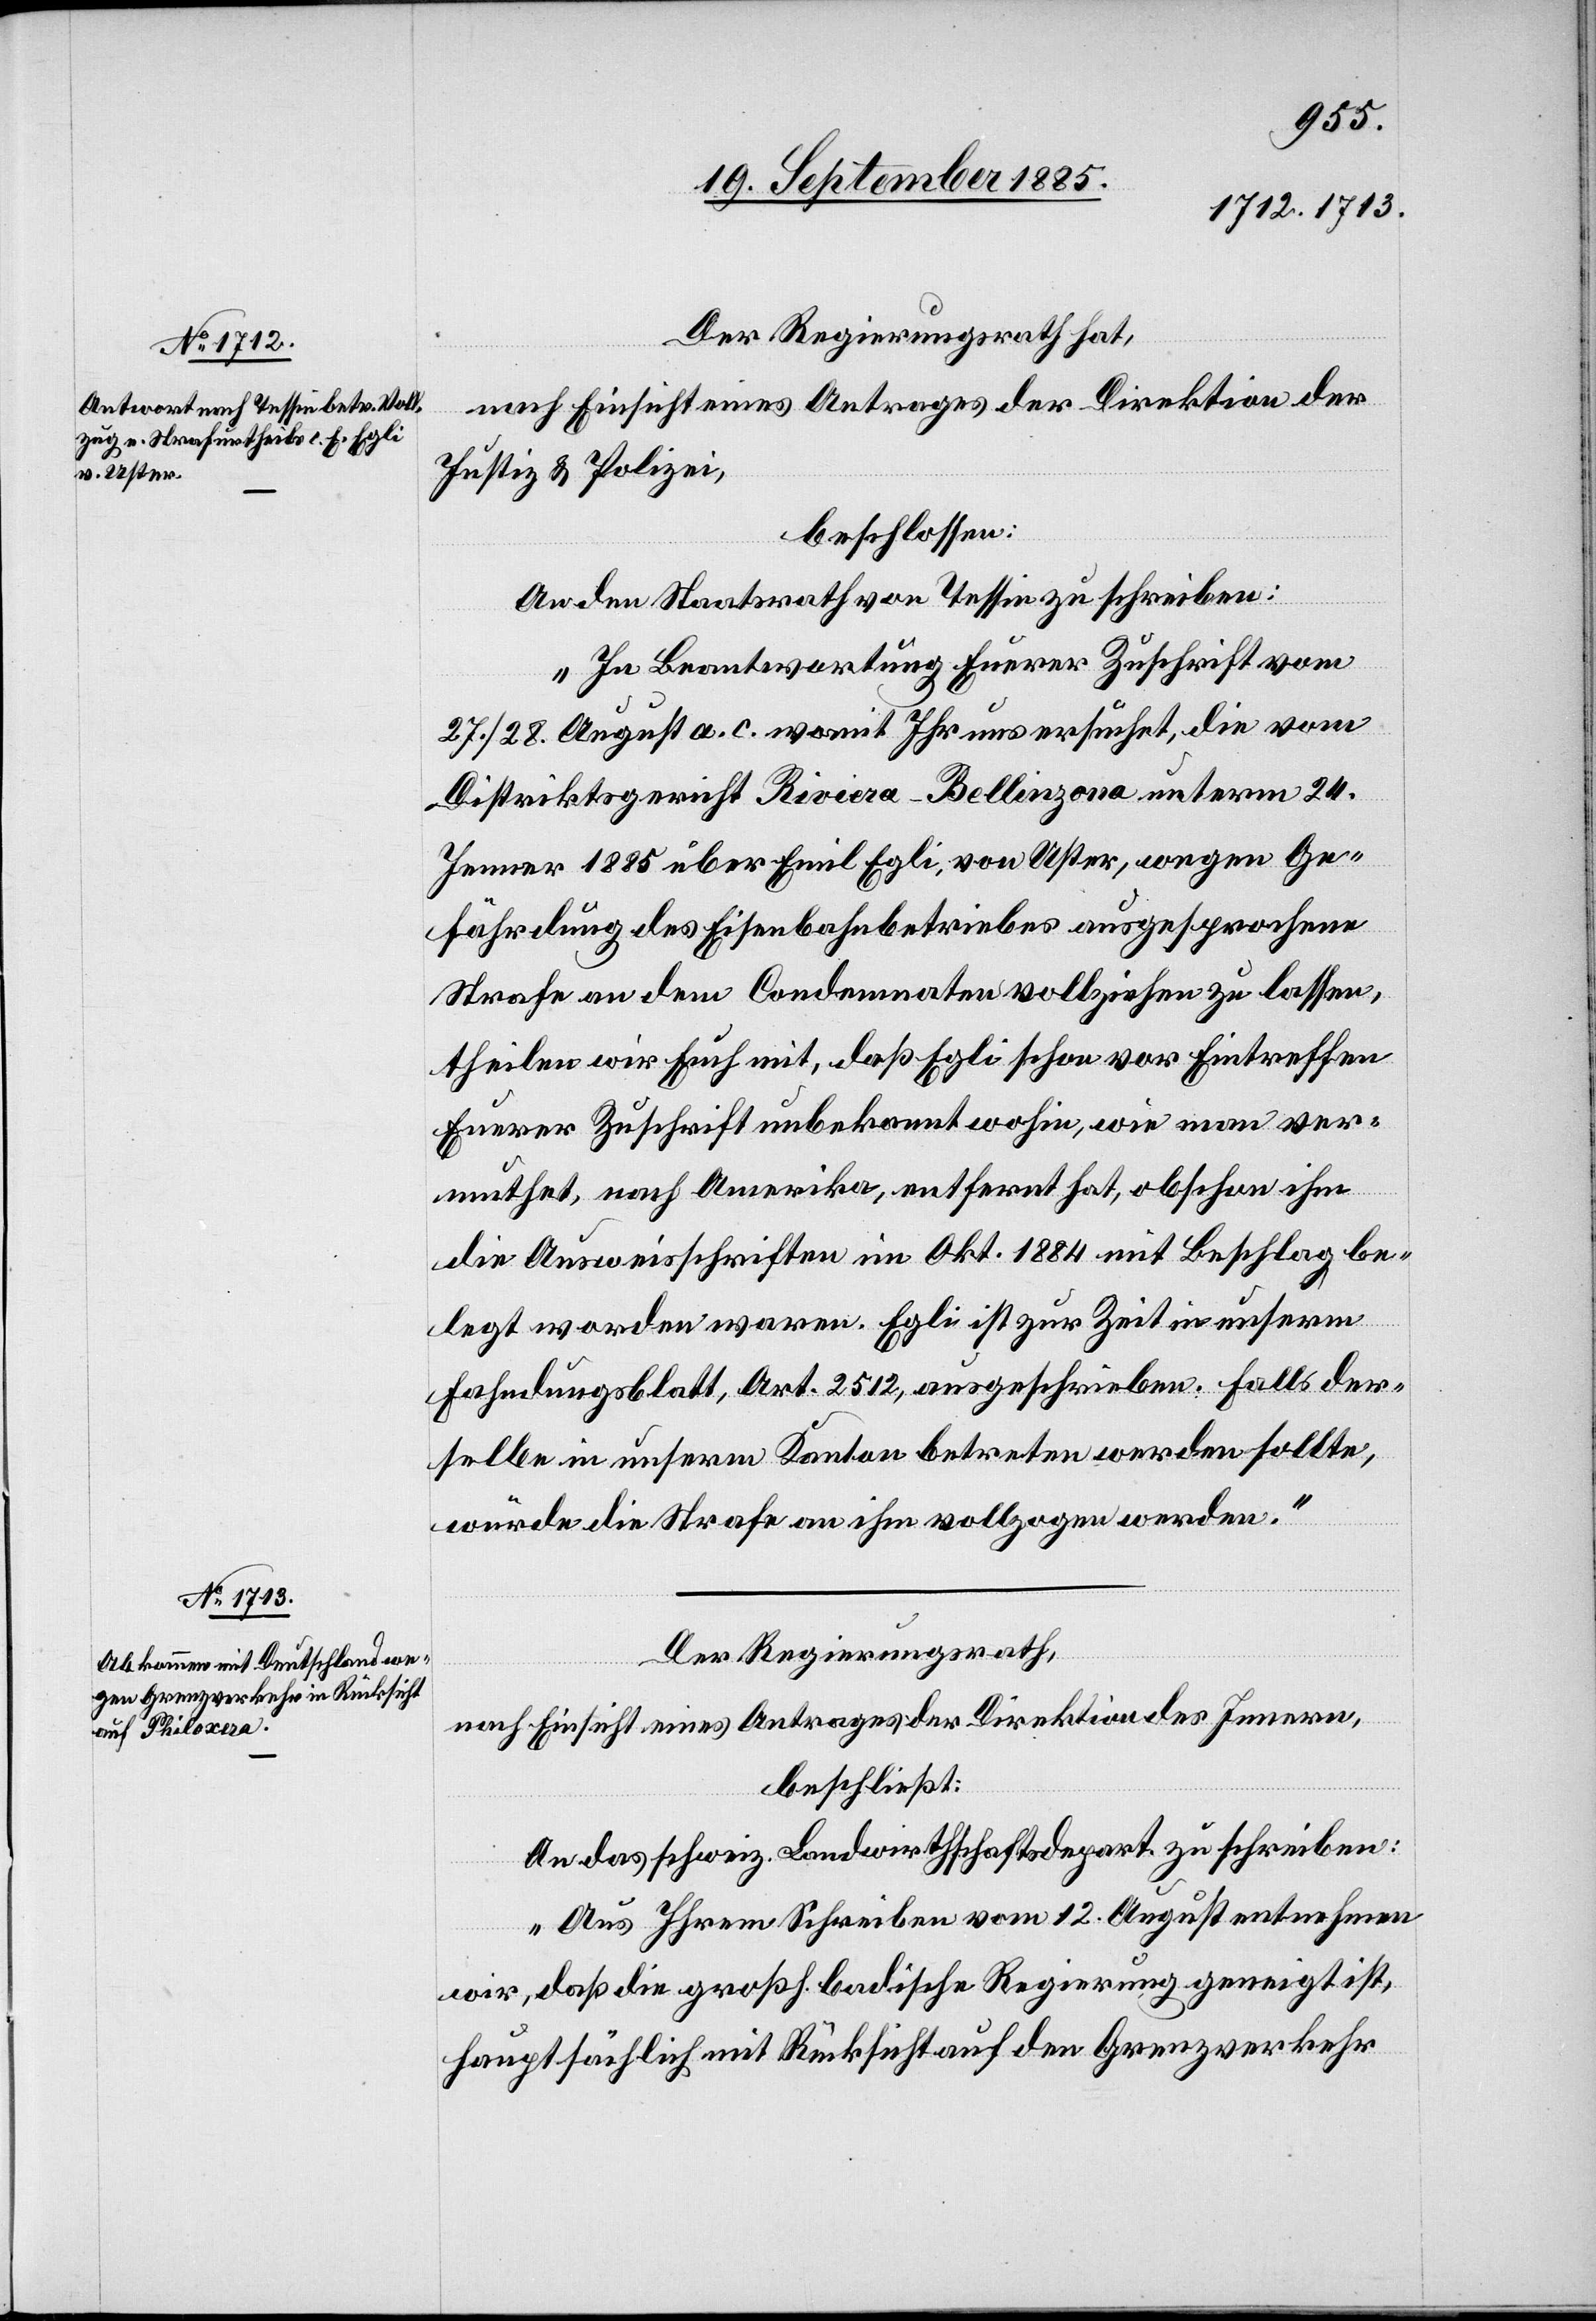
Der Regierungsrath hat,
nach Einsicht eines Antrages der Direktion der
Justiz & Polizei,
beschlossen:
An den Staatsrath von Tessin zu schreiben:
„In Beantwortung Euerer Zuschrift vom
27./28. August a. c. womit Ihr uns ersucht, die vom
Distriktsgericht Riviera-Bellinzona unter 24.
Jenner 1885 über Emil Egli, von Uster, wegen Ge¬
fährdung des Eisenbahnbetriebes ausgesprochene
Strafe an dem Condemnaten vollziehen zu lassen,
theilen wir Euch mit, daß [sich] Egli schon vor Eintreffen
Euerer Zuschrift unbekannt wohin, wie man ver¬
muthet, nach Amerika, entfernt hat, obschon ihm
die Ausweisschriften im Okt. 1884 mit Beschlag be¬
legt worden waren. Egli ist zur Zeit in unserm
Fahndungsblatt, Art. 2512, ausgeschrieben. Falls der¬
selbe in unserm Kanton betreten werden sollte
würde die Strafe an ihm vollzogen werden.“
Der Regierungsrath,
nach Einsicht eines Antrages der Direktion des Innern,
beschließt:
An das schweiz. Landwirthschaftsdepart. zu schreiben:
„Aus Ihrem Schreiben vom 12. August entnehmen
wir, daß die großh. badische Regierung geneigt ist,
hauptsächlich mit Rücksicht auf den Grenzverkehr